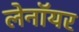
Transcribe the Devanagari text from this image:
लेनॉयर